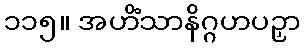
၁၁၅။ အဟိံသာနိဂ္ဂဟပဉှာ